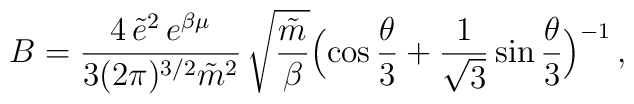
B = \frac{4\,\tilde{e}^2\,e^{\beta\mu}}{3(2\pi)^{3/2}\tilde{m}^2}\,\sqrt{\frac{\tilde{m}}{\beta}}\Bigl(\cos \frac{\theta}{3}+                  \frac{1}{\sqrt{3}}\sin\frac{\theta}{3}\Bigr)^{-1}\, ,